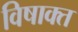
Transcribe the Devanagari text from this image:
विषाक्त